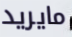
مايريد